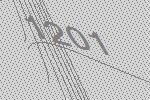
1201